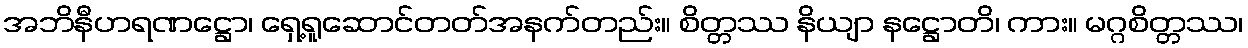
အဘိနီဟရဏဋ္ဌော၊ ရှေ့ရူဆောင်တတ်အနက်တည်း။ စိတ္တဿ နိယျာ နဋ္ဌောတိ၊ ကား။ မဂ္ဂစိတ္တဿ၊